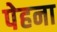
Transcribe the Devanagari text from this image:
पेहना